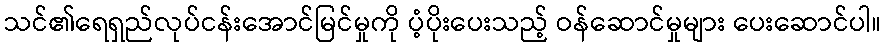
သင်၏ရေရှည်လုပ်ငန်းအောင်မြင်မှုကို ပံ့ပိုးပေးသည့် ဝန်ဆောင်မှုများ ပေးဆောင်ပါ။